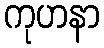
ကုဟနာ